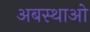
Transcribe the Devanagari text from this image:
अबस्थाओ